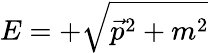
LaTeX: E=+{\sqrt{{\vec{p}}^{2}+m^{2}}}